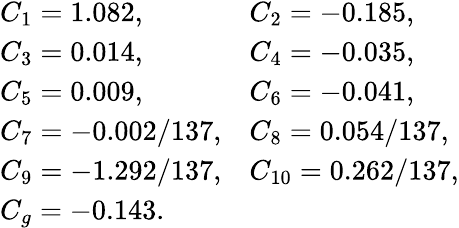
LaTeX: \begin{array}{ll}{{C_{1}=1.082,}}&{{C_{2}=-0.185,}}\\ {{C_{3}=0.014,}}&{{C_{4}=-0.035,}}\\ {{C_{5}=0.009,}}&{{C_{6}=-0.041,}}\\ {{C_{7}=-0.002/137,}}&{{C_{8}=0.054/137,}}\\ {{C_{9}=-1.292/137,}}&{{C_{10}=0.262/137,}}\\ {{C_{g}=-0.143.}}&{{}}\end{array}